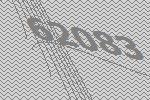
62083